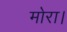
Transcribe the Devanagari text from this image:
मोरा।